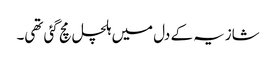
شازیہ کے دل میں ہلچل مچ گئی تھی۔